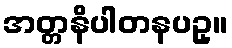
အတ္တနိပါတနပဥှ။